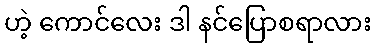
ဟဲ့ ကောင်လေး ဒါ နင်ပြောစရာလား